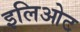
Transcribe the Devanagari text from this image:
इलिओट